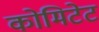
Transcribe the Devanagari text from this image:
कोमिटेट